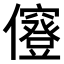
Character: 𠑅